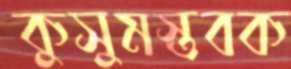
কুসুমস্তবক